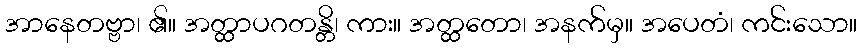
အာနေတဗ္ဗာ၊ ၏။ အတ္ထာပဂတန္တိ၊ ကား။ အတ္ထတော၊ အနက်မှ။ အပေတံ၊ ကင်းသော။